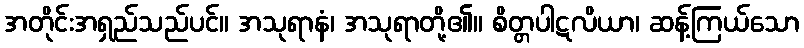
အတိုင်းအရှည်သည်ပင်။ အသုရာနံ၊ အသုရာတို့၏။ စိတ္တပါဋလိယာ၊ ဆန့်ကြယ်သော